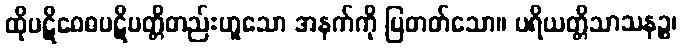
ထိုပဋိဝေဓပဋိပတ္တိတည်းဟူသော အနက်ကို ပြတတ်သော။ ပရိယတ္တိသာသနဉ္စ၊